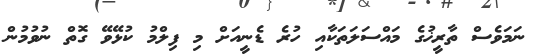
ނަމަވެސް ތާރީޚުގެ މައްސަލަތަކާއި ހުރެ ޑެނީއަށް މި ފިލްމު ކުޅޭވޭ ގޮޮތް ނުވުމުން